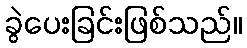
ခွဲပေးခြင်းဖြစ်သည်။